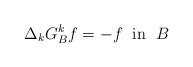
LaTeX: \begin{align*}\Delta_kG^k_Bf=-f \;\textrm{ in }\; B\end{align*}